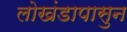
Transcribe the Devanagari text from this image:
लोखंडापासुन